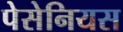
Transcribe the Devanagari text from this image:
पेसेनियस